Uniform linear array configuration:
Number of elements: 16
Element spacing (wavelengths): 1
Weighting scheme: blackman
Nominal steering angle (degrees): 45
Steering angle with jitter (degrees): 43.826
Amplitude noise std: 0.05
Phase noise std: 0.05

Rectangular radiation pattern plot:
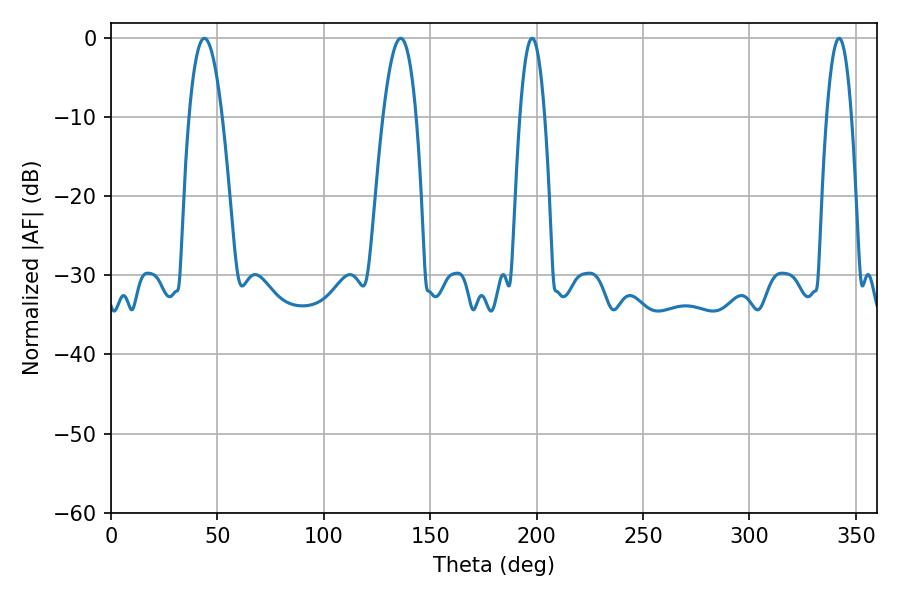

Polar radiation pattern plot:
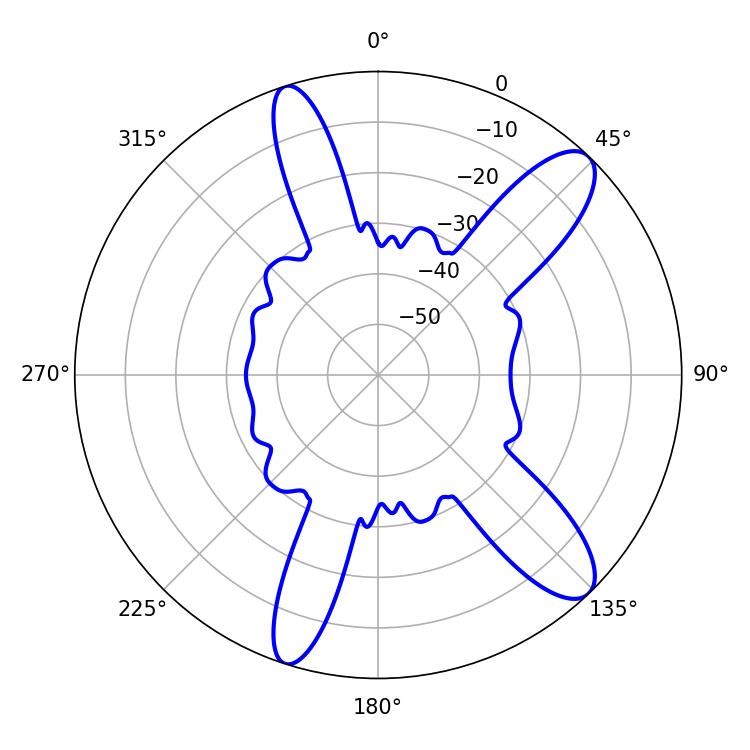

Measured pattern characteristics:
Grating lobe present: TRUE
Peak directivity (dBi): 11.256
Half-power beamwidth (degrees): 8.46
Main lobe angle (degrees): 43.92